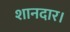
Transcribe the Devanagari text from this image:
शानदार।